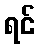
ရင်